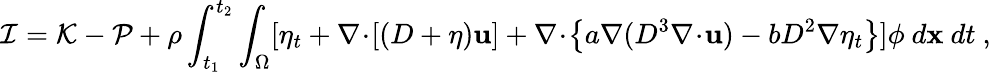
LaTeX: \mathcal{I}=\mathcal{K}-\mathcal{P}+\rho\int_{t_{1}}^{t_{2}}\int_{\Omega}[\eta_{t}+\nabla\! \cdot\! [(D+\eta)\mathbf{u}]+\nabla\! \cdot\! \left\{ a\nabla(D^{3}\nabla\! \cdot\! \mathbf{u})-bD^{2}\nabla\eta_{t}\right\} ]\phi~d\mathbf{x}~dt\ ,